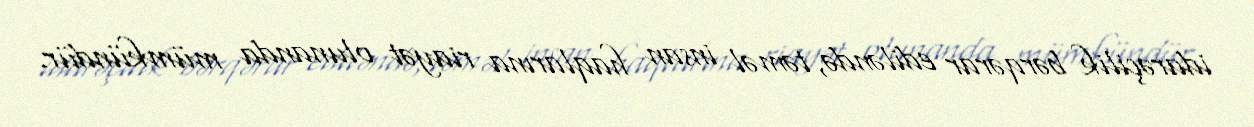
idarəçilik bərqərar ediləndə, təməl insan haqlarına riayət olunanda mümkündür.